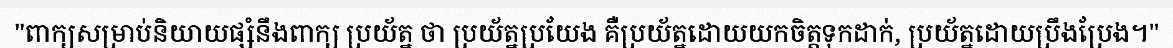
"ពាក្យសម្រាប់និយាយផ្សំនឹងពាក្យ ប្រយ័ត្ន ថា ប្រយ័ត្នប្រយែង គឺប្រយ័ត្នដោយយកចិត្តទុកដាក់, ប្រយ័ត្នដោយប្រឹងប្រែង។"